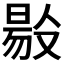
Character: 𠭲